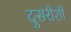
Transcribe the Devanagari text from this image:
दुसरीशी